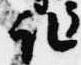
取